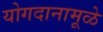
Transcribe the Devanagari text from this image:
योगदानामूळे